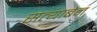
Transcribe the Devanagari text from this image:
सत्याबेन